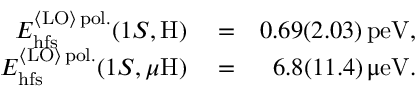
\begin{array} { r l r } { E _ { \mathrm { h f s } } ^ { { \langle \mathrm { L O } \rangle } \, \mathrm { p o l . } } ( 1 S , \mathrm { H } ) } & { { } = } & { 0 . 6 9 ( 2 . 0 3 ) \, \mathrm { p e V } , } \\ { E _ { \mathrm { h f s } } ^ { { \langle \mathrm { L O } \rangle } \, \mathrm { p o l . } } ( 1 S , \mu \mathrm { H } ) } & { { } = } & { 6 . 8 ( 1 1 . 4 ) \, \upmu \mathrm { e V } . } \end{array}